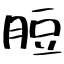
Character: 脰